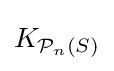
K_{{\mathcal {P}}_{n}(S)}